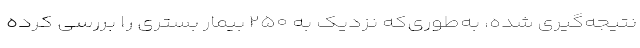
نتیجه‌گیری شده، به‌طوری‌که نزدیک به ۲۵۰ بیمار بستری را بررسی کرده